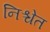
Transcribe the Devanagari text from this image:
निश्चेत